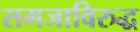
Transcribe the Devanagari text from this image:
समजाविरुद्ध